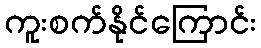
ကူးစက်နိုင်ကြောင်း